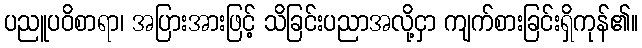
ပညူပဝိစာရာ၊ အပြားအားဖြင့် သိခြင်းပညာအလို့ငှာ ကျက်စားခြင်းရှိကုန်၏။